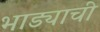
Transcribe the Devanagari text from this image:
भाड्याची